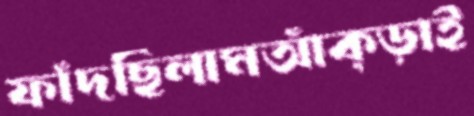
ফাঁদছিলামআঁক্‌ড়াই